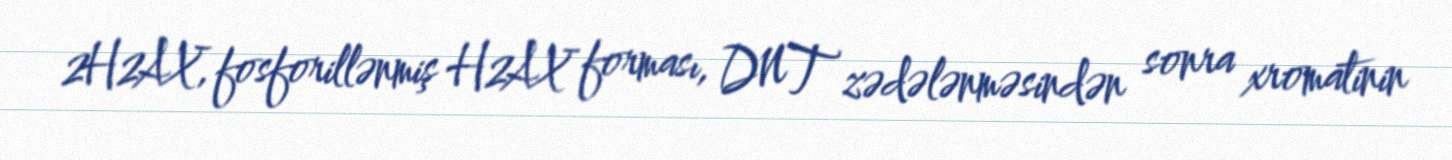
2H2AX, fosforillənmiş H2AX forması, DNT zədələnməsindən sonra xromatinin